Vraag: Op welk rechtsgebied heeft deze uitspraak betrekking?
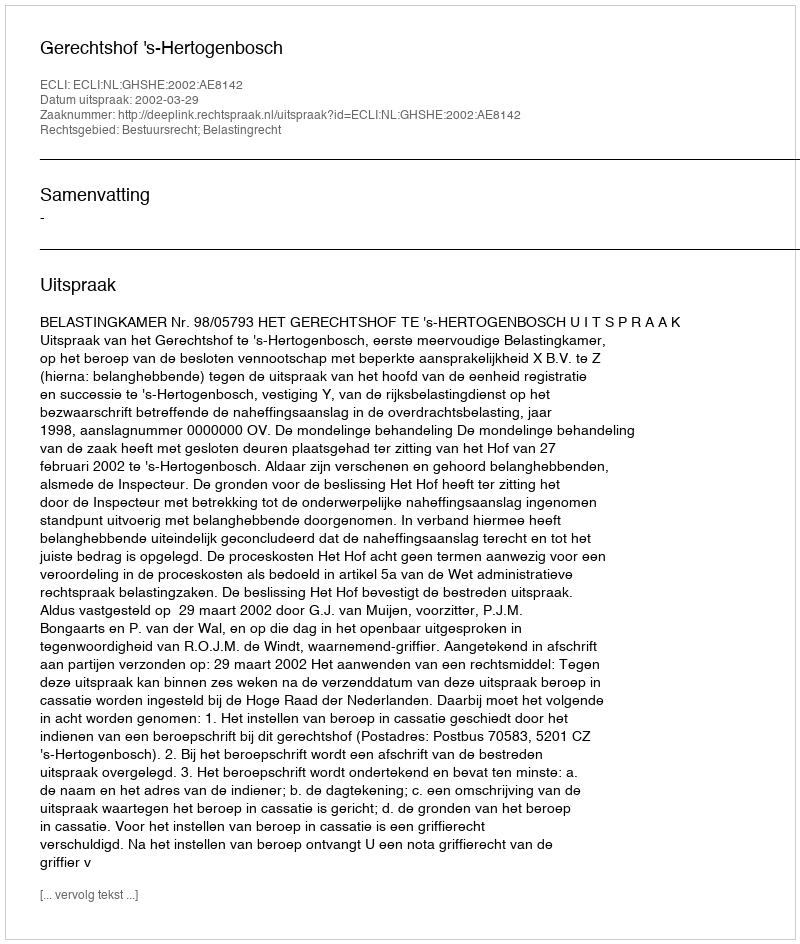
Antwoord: Bestuursrecht; Belastingrecht